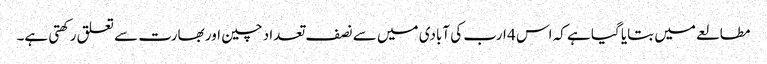
مطالعے میں بتایا گیا ہے کہ اس 4 ارب کی آبادی میں سے نصف تعداد چین اور بھارت سے تعلق رکھتی ہے۔